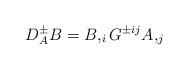
LaTeX: \begin{align*}D^{\pm}_A B = B,_i G^{\pm ij} A,_j\end{align*}